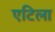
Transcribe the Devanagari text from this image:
एटिला